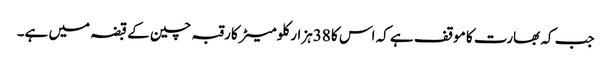
جب کہ بھارت کا موقف ہے کہ اس کا 38ہزار کلومیٹر کا رقبہ چین کے قبضہ میں ہے۔